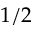
1 / 2